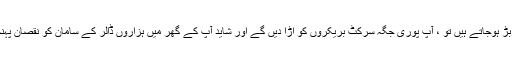
اگر آپ گڑبڑ ہوجاتے ہیں تو ، آپ پوری جگہ سرکٹ بریکروں کو اڑا دیں گے اور شاید آپ کے گھر میں ہزاروں ڈالر کے سامان کو نقصان پہنچائیں گے۔